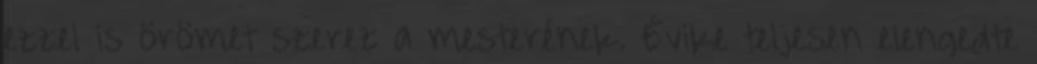
ezzel is örömet szerez a mesterének. Évike teljesen elengedte